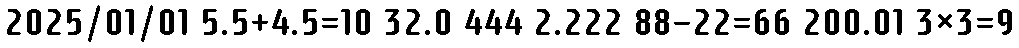
2025/01/01 5.5+4.5=10 32.0 444 2.222 88-22=66 200.01 3×3=9